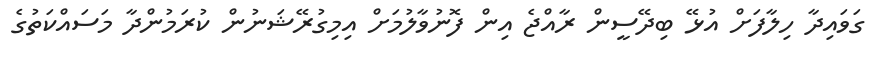
ގަވައިދާ ހިލާފަށް އުޅޭ ބިދޭސީން ރާއްޖެ އިން ފޮނުވާލުމަށް އިމިގުރޭޝަނުން ކުރަމުންދާ މަސައްކަތުގެ